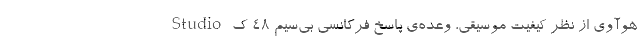
Studio هوآوی از نظر کیفیت موسیقی، وعده‌ی پاسخ فرکانسی بی‌سیم ۴۸ ک